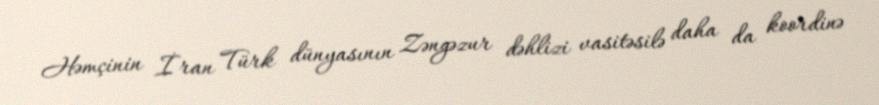
Həmçinin İran Türk dünyasının Zəngəzur dəhlizi vasitəsilə daha da koordinə